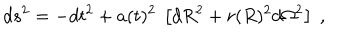
d s ^ { 2 } = - d t ^ { 2 } + a ( t ) ^ { 2 } ~ \left[ d R ^ { 2 } + r ( R ) ^ { 2 } d \Omega ^ { 2 } \right] \; ,